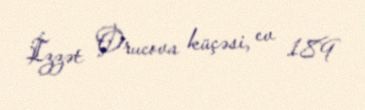
İzzət Orucova küçəsi, ev 189